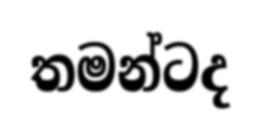
තමන්ටද